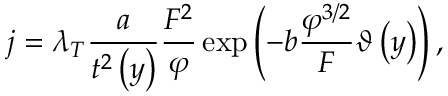
{ j } = \lambda _ { T } \frac { a } { { { t ^ { 2 } } \left( y \right) } } \frac { { { F ^ { 2 } } } } { \varphi } \exp \left( { - b \frac { { { \varphi ^ { { 3 \mathord { \left/ { \vphantom { 3 2 } } \right. \kern - \nulldelimiterspace } 2 } } } } } { F } \vartheta \left( y \right) } \right) ,